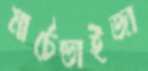
মার্চেন্ডাইজা